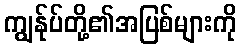
ကျွန်ုပ်တို့၏အပြစ်များကို